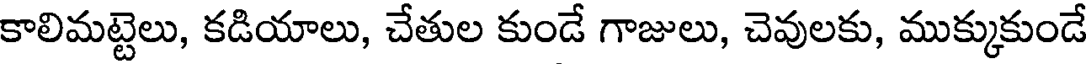
కాలిమట్టెలు, కడియాలు, చేతుల కుండే గాజులు, చెవులకు, ముక్కుకుండే